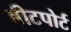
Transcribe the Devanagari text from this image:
बीटपोर्ट